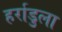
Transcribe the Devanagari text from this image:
हर्राडुला